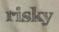
risky